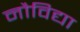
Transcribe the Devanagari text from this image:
नौविद्या